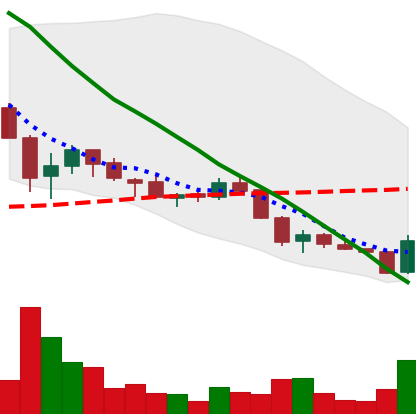
Ticker: ADA-USD
Chart end date: 2018-05-29
Forward return: 12.286%
Label: up_7plus